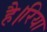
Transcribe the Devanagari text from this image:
है।रिया